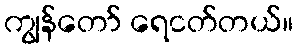
ကျွန်တော် ရေငတ်တယ်။